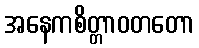
အနေကစိတ္တာဝတတော